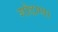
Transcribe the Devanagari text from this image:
गोदाणा